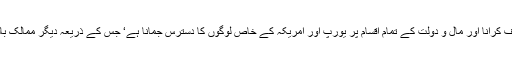
دوسری طرف گلوبلائزیشن کا ایک بڑا مقصد دنیا کے تمام گوشہ میں سرمایہ دارانہ نظام کو متعارف کرانا اور مال و دولت کے تمام اقسام پر یورپ اور امریکہ کے خاص لوگوں کا دسترس جمانا ہے‘ جس کے ذریعہ دیگر ممالک بالخصوص عالم اسلام پر فقروفاقہ کو مسلط کرکے مسلمانوں کو دربدر بھٹکنے پر مجبور کردینا ہے۔